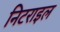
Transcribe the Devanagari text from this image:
निटराइल